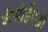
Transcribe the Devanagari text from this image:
बीसीईएओ